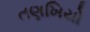
તણખિયો